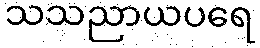
သသညာယပရေ